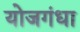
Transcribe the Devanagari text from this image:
योजगंधा